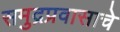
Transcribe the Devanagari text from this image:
समुद्रप्रवासाचे